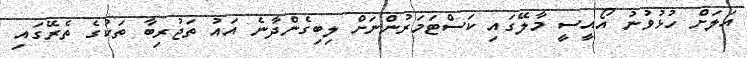
އަލަށް ހުޅުވުނު އޯއީސީ މާލޭގައި ކަސްޓަމަރުންނަށް ލިބިގެންދާނެ އައު ތަޖުރިބާ ތަކުގެ ތެރޭގައި